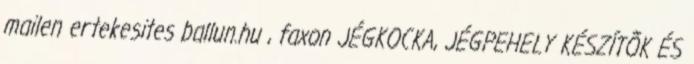
mailen ertekesites ballun.hu , faxon JÉGKOCKA, JÉGPEHELY KÉSZÍTÕK ÉS